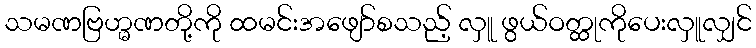
သမဏဗြဟ္မဏတို့ကို ထမင်းအဖျော်စသည့် လှူ ဖွယ်ဝတ္ထုကိုပေးလှူလျှင်